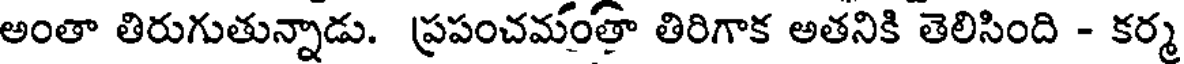
అంతా తిరుగుతున్నాడు. ప్రపంచమంతా తిరిగాక అతనికి తెలిసింది - కర్మ